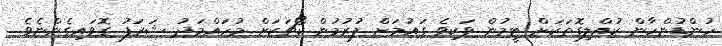
ހުންޑުންހާން ކުއްލިގޮތަކަށް ޓީމުން ވަކިވެ ގައުމަށް ފުރުމުން ކޯޗަކަށް މުހައްމަދު ޝަރަފު ގޮވައިގެންނެވެ.